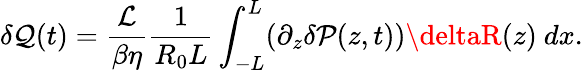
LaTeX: \delta\mathcal{Q}(t)=\frac{{\mathcal{{L}}}}{{\beta\eta}}\frac{{1}}{{R_{0}L}}\int_{-L}^{L}(\partial_{z}\delta\mathcal{{P}}(z,t))\deltaR(z)\ dx.